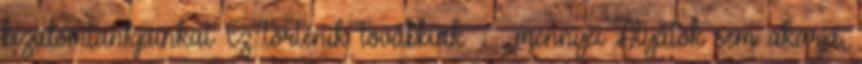
bizalomtankjainkat Ez történik továbbiak → „.mennyei Atyátok sem akarja,